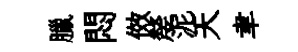
臘悶傚嫠泥天聿